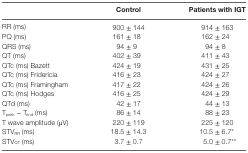
|  | Control | Patients with IGT |
 | --- | --- | --- |
 | RR (ms) | 900 ± 144 | 914 ± 163 |
 | PQ (ms) | 161 ± 18 | 162 ± 24 |
 | QRS (ms) | 94 ± 9 | 94 ± 8 |
 | QT (ms) | 402 ± 39 | 411 ± 43 |
 | QTc (ms) Bazett | 424 ± 19 | 431 ± 25 |
 | QTc (ms) Fridericia | 416 ± 23 | 424 ± 27 |
 | QTc (ms) Framingham | 417 ± 22 | 424 ± 26 |
 | QTc (ms) Hodges | 416 ± 25 | 424 ± 29 |
 | QTd (ms) | 42 ± 17 | 44 ± 13 |
 | Tpeak − Tend (ms) | 86 ± 14 | 88 ± 23 |
 | T wave amplitude (μV) | 220 ± 119 | 225 ± 120 |
 | STVRR (ms) | 18.5 ± 14.3 | 10.5 ± 6.7* |
 | STVQT (ms) | 3.7 ± 0.7 | 5.0 ± 0.7** |